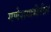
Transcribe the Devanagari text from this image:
गणेशगल्लीतील